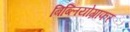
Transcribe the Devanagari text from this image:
बिब्लियोग्राफर